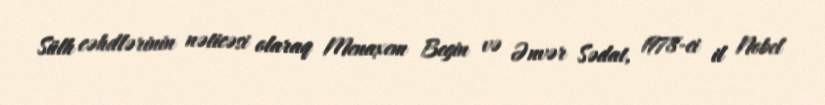
Sülh cəhdlərinin nəticəsi olaraq Menaxem Begin və Ənvər Sədat, 1978-ci il Nobel